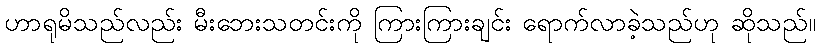
ဟာရုမိသည်လည်း မီးဘေးသတင်းကို ကြားကြားချင်း ရောက်လာခဲ့သည်ဟု ဆိုသည်။